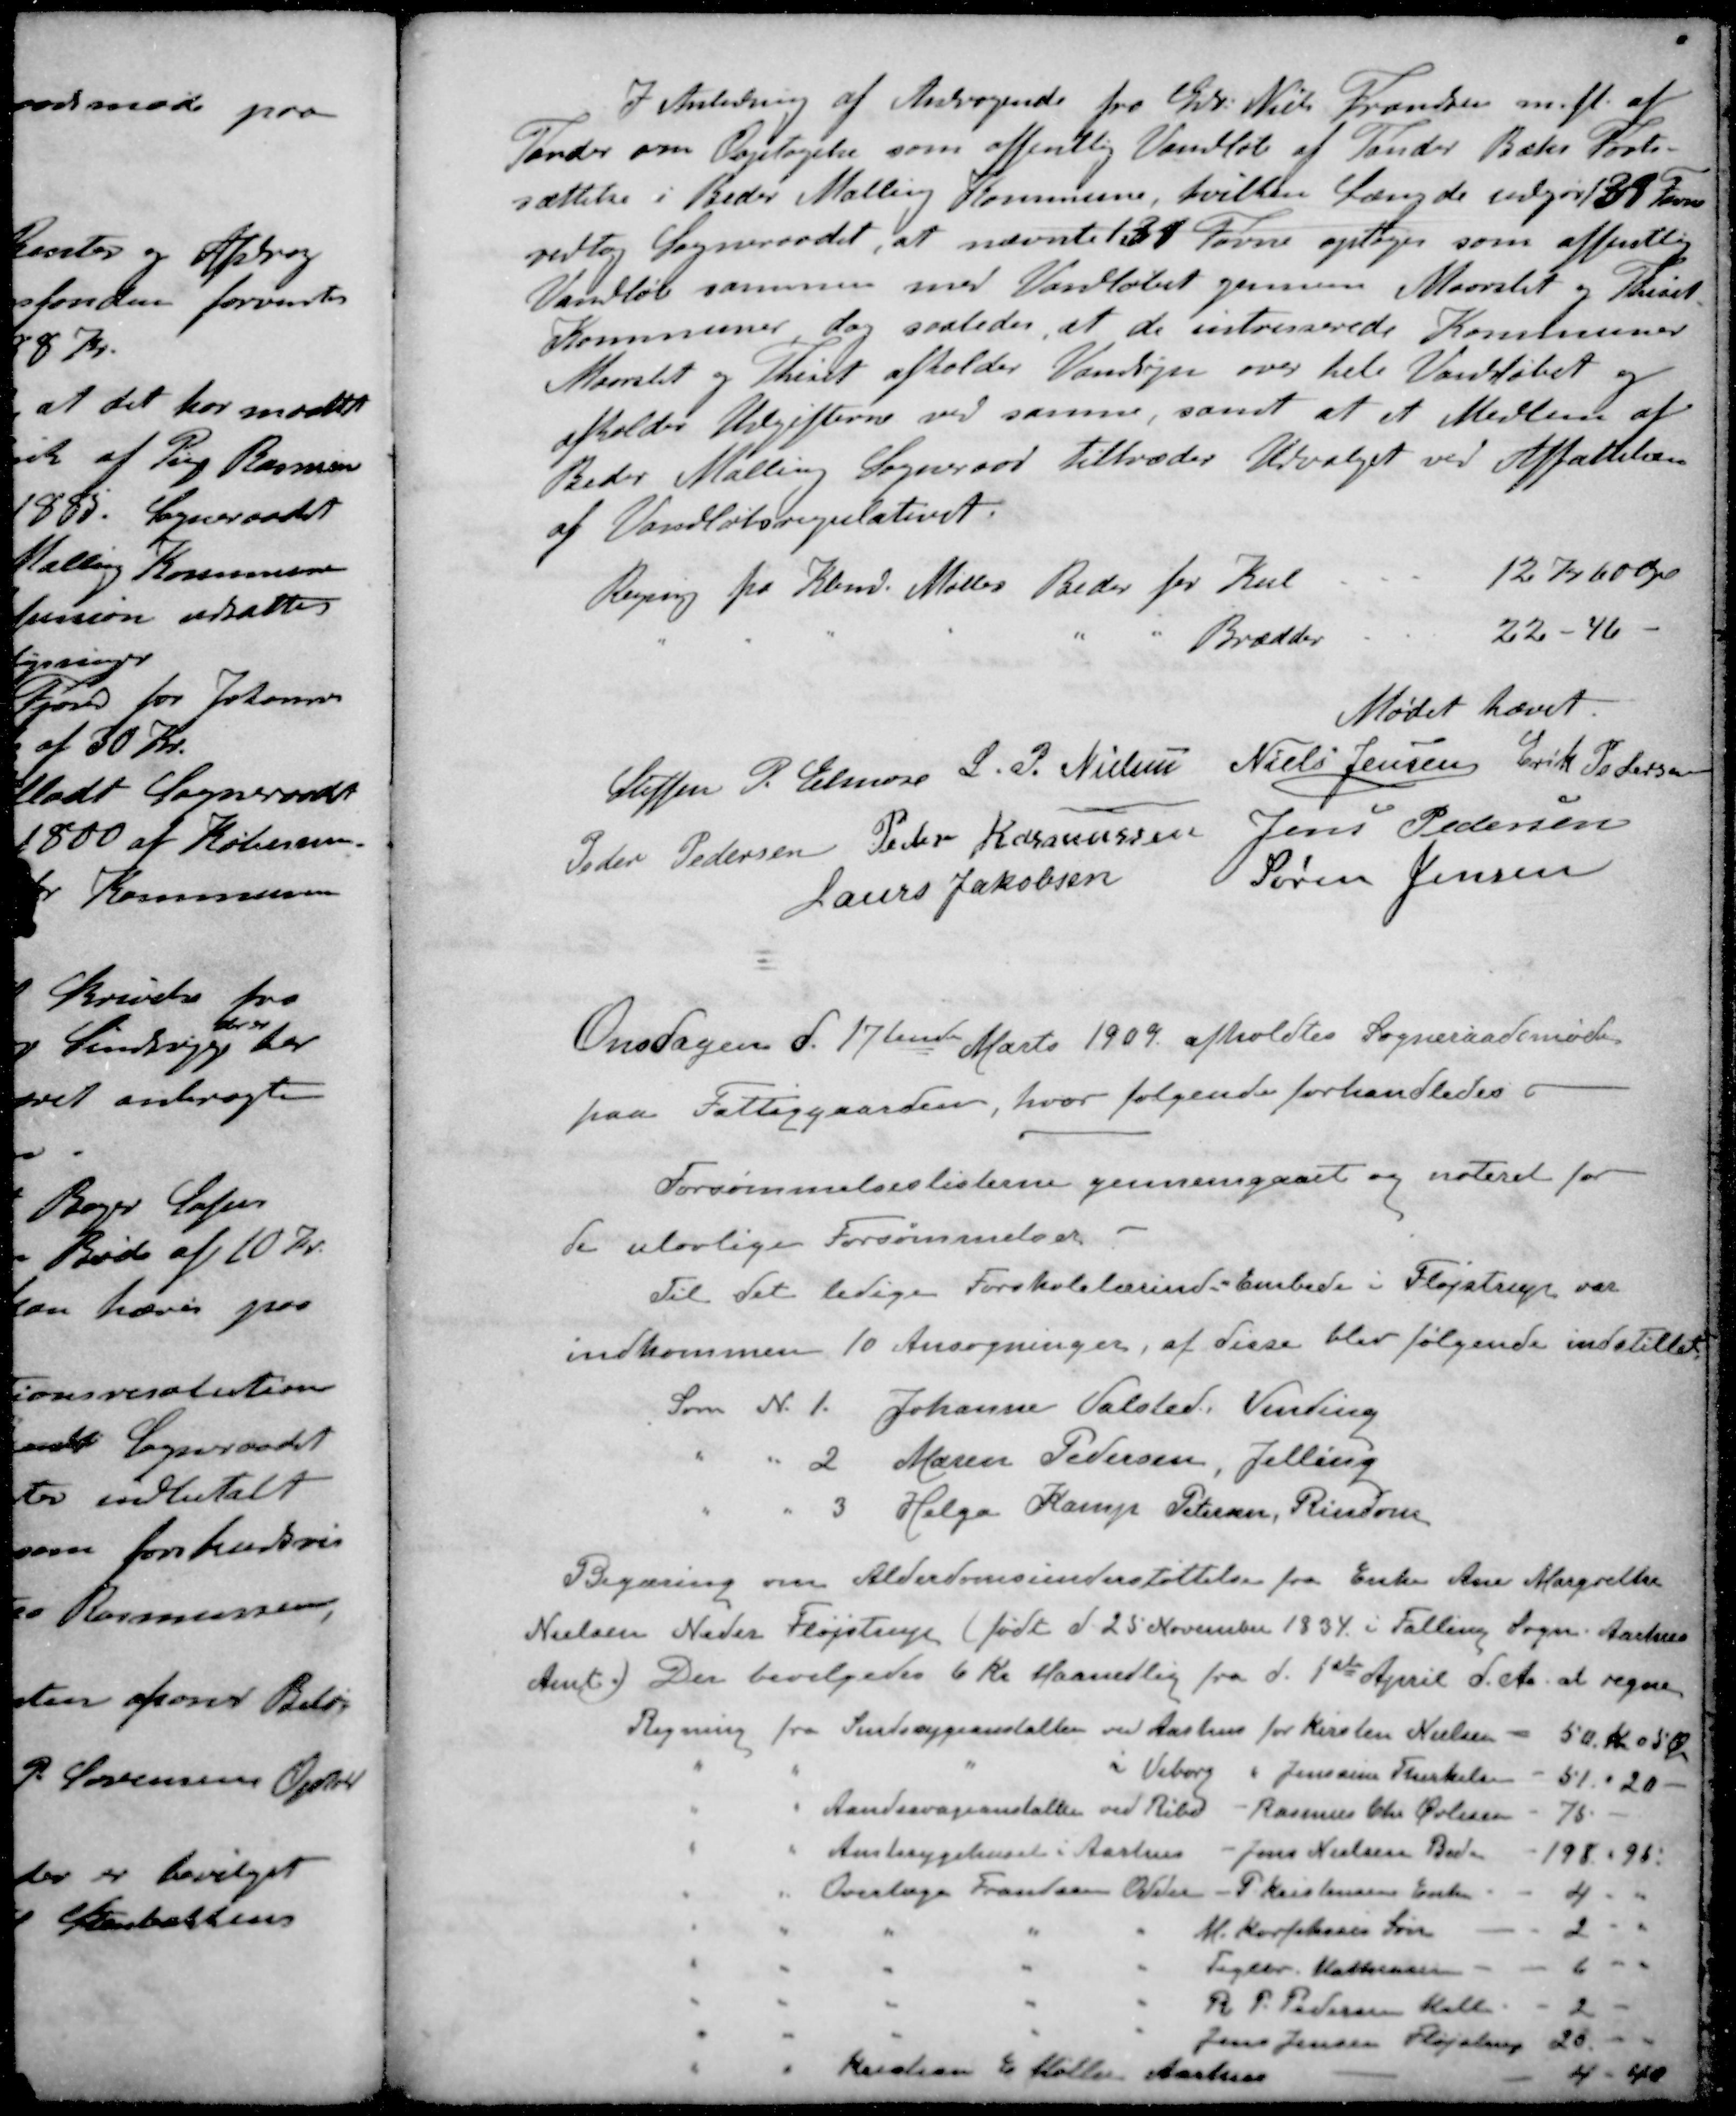
Transskription:
I Anledning af Andragende fra Gdr. Niels Frandsen m. fl. af
Tander om Optagelse som offentlig Vandløb af Tønder Bæks Fort-
sættelse i Beder Malling Kommune, hvilken Længde udgør 131 Favne
vedtog Sogneraadet, at nævnte 131 Favne optoges som offentlig
Vandløb sammen med Vandløbet gennem Maarslet og Tiset-
Kommuner dog saaledes, at de intresserede Kommuner
Maarslet og Thiset afholder Vandsyn over hele Vandløbet og
afholder Udgifterne ved samme, samt at et Medlem at
Beder Malling Sogneraad tiltræder Udvalget ved Affattelsen
af Vandløbsregulativet.
Regning fra Kbmd. Møller Beder for Kul
12 Kr 60 Øre
" " " " " " Brædder
22 - 46 -
Mødet hævet.
Steffen P. Elmose
L. P. Nielsen
Niels Jensen
Erik Pedersen
Peder Pedersen
Peder Rasmussen
Jens Pedersen
Laurs Jakobsen
Søren Jensen
Onsdagen d. 17de Marts 1909 afholdtes Sogneraadsmøde
paa Fattiggaarden, hvor følgende forhandledes
Forsømmelseslisterne gennemgaaet og noteret for
de ulovlige Forsømmelser
Til det ledige Forskolelærinde Embede i Fløjstrup var
indkommen 10 Ansøgninger, af disse blev følgende indstillet
Som N. 1. Johanne Valsted. Vinding
" " 2 Maren Pedersen, Jelling
" " 3 Helga Kamp Petersen, Rindom
Begæring om Alderdomsunderstøttelse fra Enke Ane Margrethe
Nielsen Neder Fløjstrup (født d. 25 November 1934 i Falling Sogn. Aarhus
Amt) Der bevilgedes 6 Kr Maanedlig fra d. 1ste April d. A. at regne
Regning fra Sindssygeanstalten ved Aarhus for Kirsten Nielsen - 50 kr 05 Øre
" " " i Viborg " Jenssine Kirkelsen - 51 - 20 -
" " Aandssvageanstalter ved Ribe - Rasmus Chr Polesen 75 -
" " Amtssygehuset i Aarhus - Jens Nielsen Beder - 198 - 95
" " Overlæge Frandsen Odder - P Kristensens Enke - - 4
" " " " " M. Corfitsens Søn - - 2
" " " " " Tegler Mathiasen - - 6
" " " " " R. P. Pedersen Kalt - 2
" " " " " Jens Jensen Fløjstrup 25
" " Kristian E. Møller Aarhus - - 4 - 40